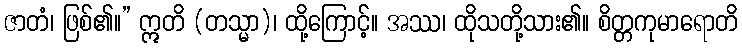
ဇာတံ၊ ဖြစ်၏။” ဣတိ (တသ္မာ)၊ ထို့ကြောင့်။ အဿ၊ ထိုသတို့သား၏။ စိတ္တကုမာရောတိ